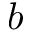
b